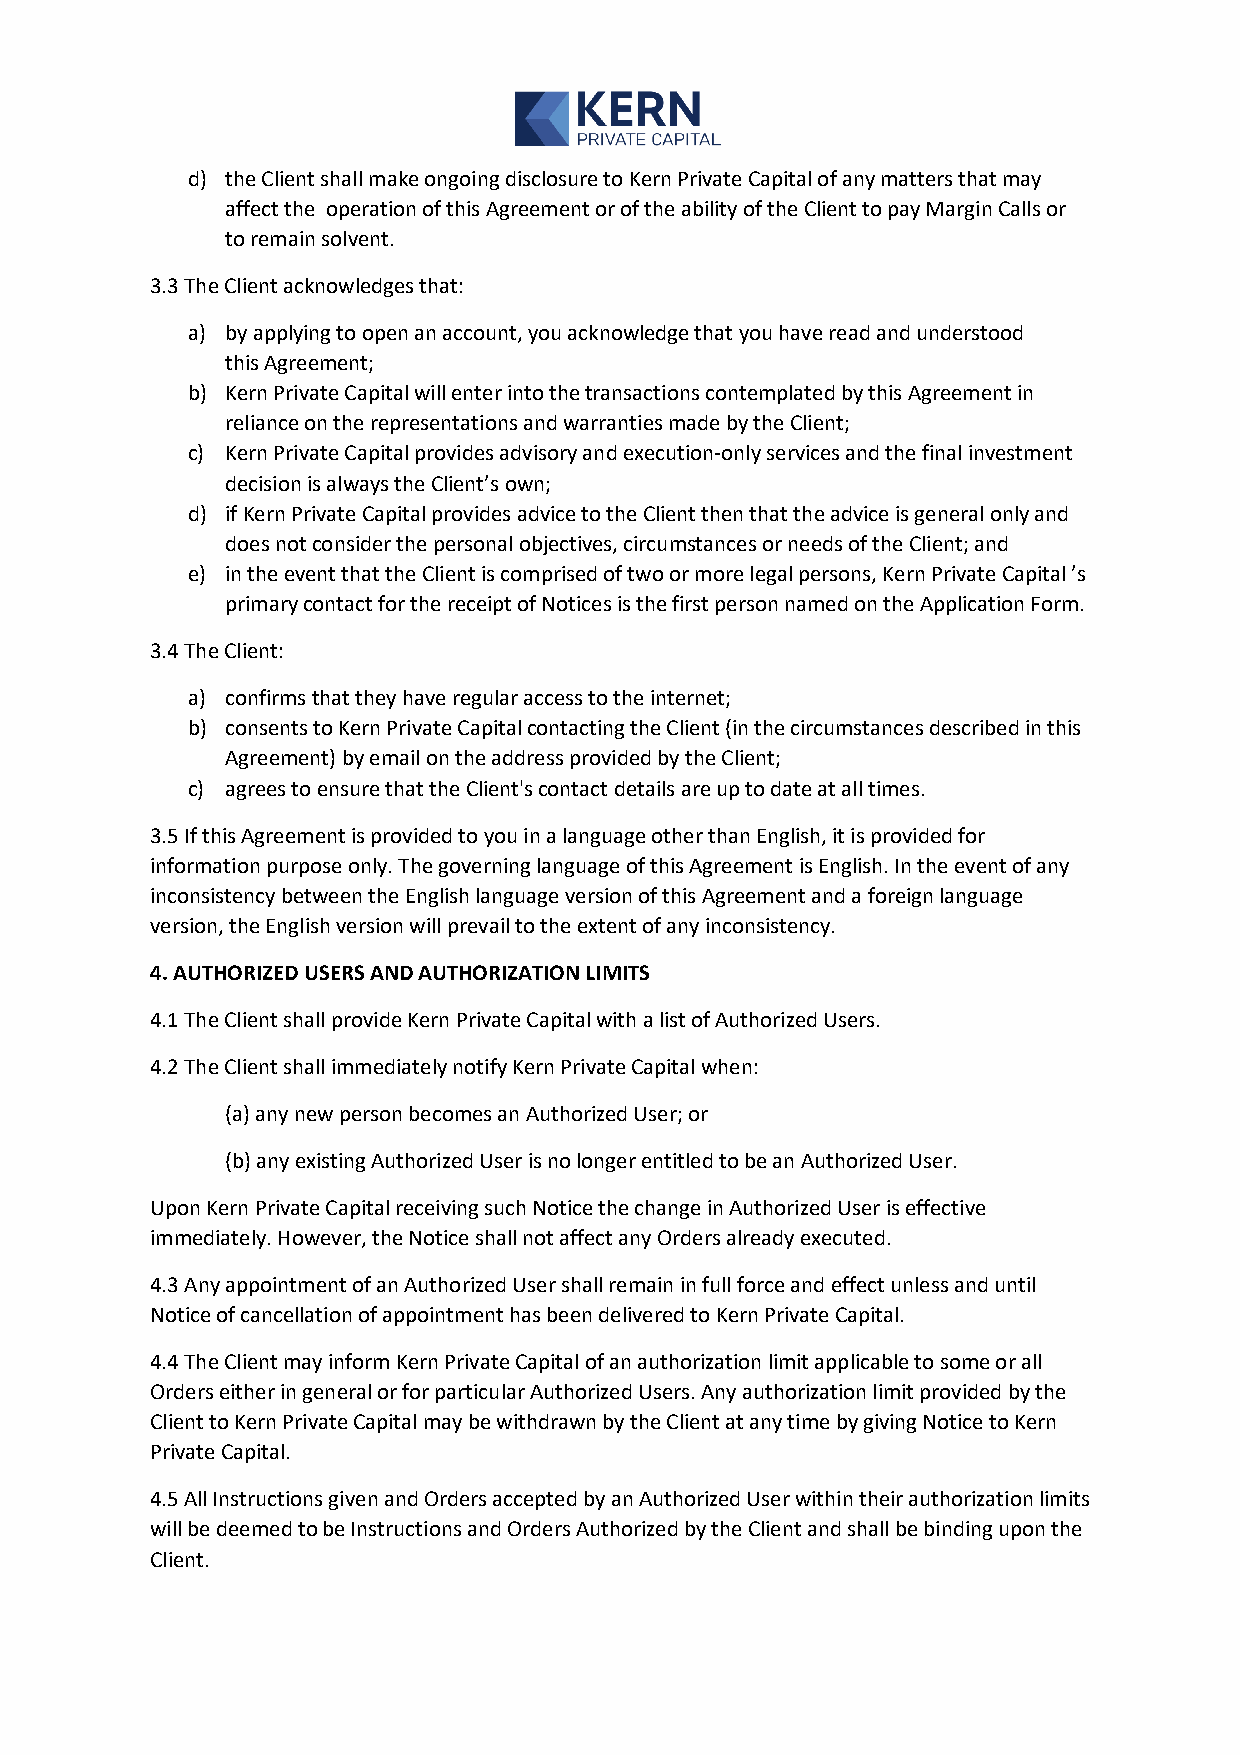
d) the Client shall make ongoing disclosure to Kern Private Capital of any matters that may
 affect the operation of this Agreement or of the ability of the Client to pay Margin Calls or
 to remain solvent.
 3.3 The Client acknowledges that:
 a) by applying to open an account, you acknowledge that you have read and understood
 this Agreement;
 b) Kern Private Capital will enter into the transactions contemplated by this Agreement in
 reliance on the representations and warranties made by the Client;
 c) Kern Private Capital provides advisory and execution-only services and the final investment
 decision is always the Client’s own;
 d) if Kern Private Capital provides advice to the Client then that the advice is general only and
 does not consider the personal objectives, circumstances or needs of the Client; and
 e) in the event that the Client is comprised of two or more legal persons, Kern Private Capital ’s
 primary contact for the receipt of Notices is the first person named on the Application Form.
 3.4 The Client:
 a) confirms that they have regular access to the internet;
 b) consents to Kern Private Capital contacting the Client (in the circumstances described in this
 Agreement) by email on the address provided by the Client;
 c) agrees to ensure that the Client's contact details are up to date at all times.
 3.5 If this Agreement is provided to you in a language other than English, it is provided for
 information purpose only. The governing language of this Agreement is English. In the event of any
 inconsistency between the English language version of this Agreement and a foreign language
 version, the English version will prevail to the extent of any inconsistency.
 4. AUTHORIZED USERS AND AUTHORIZATION LIMITS
 4.1 The Client shall provide Kern Private Capital with a list of Authorized Users.
 4.2 The Client shall immediately notify Kern Private Capital when:
 (a) any new person becomes an Authorized User; or
 (b) any existing Authorized User is no longer entitled to be an Authorized User.
 Upon Kern Private Capital receiving such Notice the change in Authorized User is effective
 immediately. However, the Notice shall not affect any Orders already executed.
 4.3 Any appointment of an Authorized User shall remain in full force and effect unless and until
 Notice of cancellation of appointment has been delivered to Kern Private Capital.
 4.4 The Client may inform Kern Private Capital of an authorization limit applicable to some or all
 Orders either in general or for particular Authorized Users. Any authorization limit provided by the
 Client to Kern Private Capital may be withdrawn by the Client at any time by giving Notice to Kern
 Private Capital.
 4.5 All Instructions given and Orders accepted by an Authorized User within their authorization limits
 will be deemed to be Instructions and Orders Authorized by the Client and shall be binding upon the
 Client.